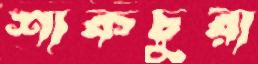
শাকচুরা